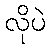
လိုပဲ